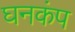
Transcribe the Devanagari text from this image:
घनकंप